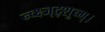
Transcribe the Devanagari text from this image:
न्च्क्ष्ज्द्शूच्ग्।